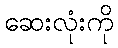
ဆေးလုံးကို